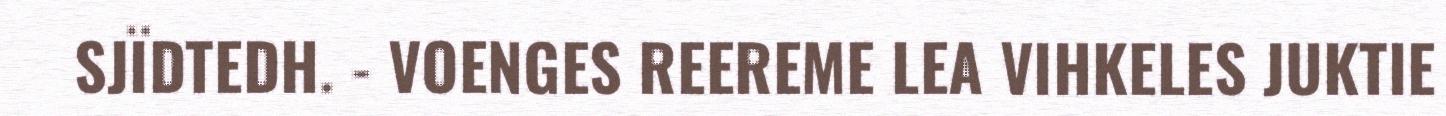
SJÏDTEDH. - VOENGES REEREME LEA VIHKELES JUKTIE